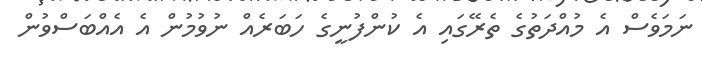
ނަމަވެސް އެ މުއްދަތުގެ ތެރޭގައި އެ ކުންފުނީގެ ހަބަރެއް ނުވުމުން އެ އެއްބަސްވުން